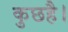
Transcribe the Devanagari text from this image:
कुछहै।